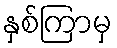
နှစ်ကြာမှ